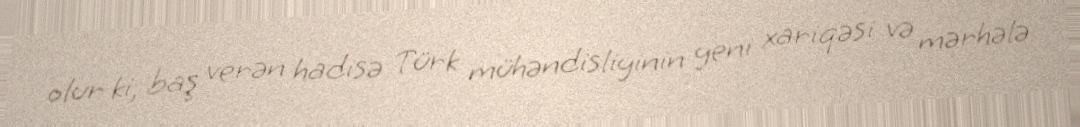
olur ki, baş verən hadisə Türk mühəndisliyinin yeni xariqəsi və mərhələ